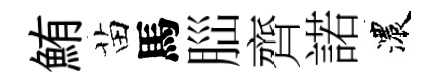
鮪苗馬𦛁齊諾濃